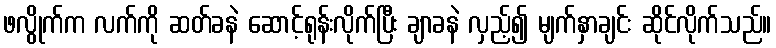
ဖလွိုက်က လက်ကို ဆတ်ခနဲ ဆောင့်ရုန်းလိုက်ပြီး ချာခနဲ လှည့်၍ မျက်နှာချင်း ဆိုင်လိုက်သည်။